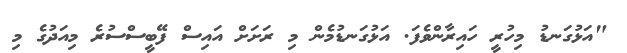
"އަޅުގަނޑު މިހުރީ ހައިރާންވެފަ. އަޅުގަނޑުމެން މި ރަށަށް އައިސް ފޭބީސްސުރެ މިއަދުގެ މި